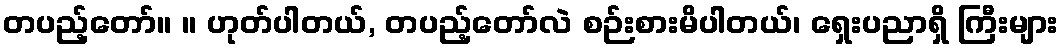
တပည့်တော်။ ။ ဟုတ်ပါတယ်, တပည့်တော်လဲ စဉ်းစားမိပါတယ်၊ ရှေးပညာရှိ ကြီးများ